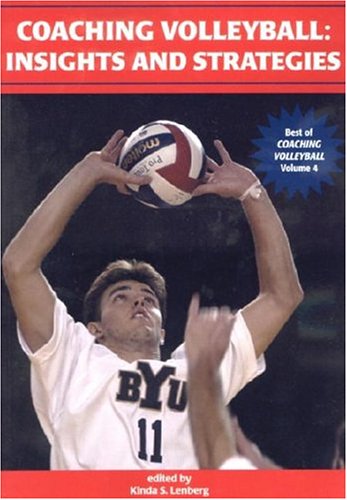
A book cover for Coaching Volleyball: Insights And Strategies (Best of Coaching Volleyball); Kinda S. Lenberg; Sports & Outdoors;